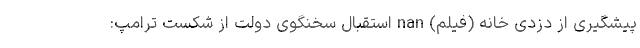
پیشگیری از دزدی خانه (فیلم) nan استقبال سخنگوی دولت از شکست ترامپ: